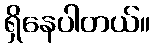
ရှိနေပါတယ်။